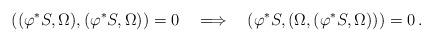
LaTeX: \begin{align*}((\varphi^*S,{\Omega}),(\varphi^* S,{\Omega}))=0\quad\Longrightarrow \quad(\varphi^*S,({\Omega},(\varphi^* S,{\Omega})))=0\,.\end{align*}